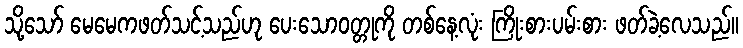
သို့သော် မေမေကဖတ်သင့်သည်ဟု ပေးသောဝတ္တုကို တစ်နေ့လုံး ကြိုးစားပမ်းစား ဖတ်ခဲ့လေသည်။